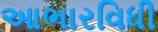
આભારવિધી